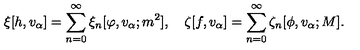
\xi [ h , v _ { \alpha } ] = \sum _ { n = 0 } ^ { \infty } \xi _ { n } [ \varphi , v _ { \alpha } ; m ^ { 2 } ] , \quad \zeta [ f , v _ { \alpha } ] = \sum _ { n = 0 } ^ { \infty } \zeta _ { n } [ \phi , v _ { \alpha } ; M ] .